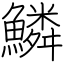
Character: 鱗